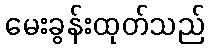
မေးခွန်းထုတ်သည်